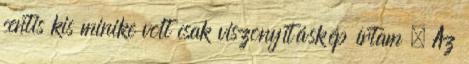
centis kis minike volt csak viszonyításkép írtam . Az